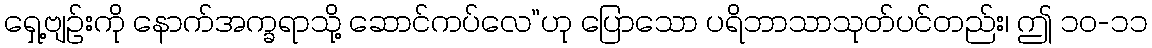
ရှေ့ဗျဉ်းကို နောက်အက္ခရာသို့ ဆောင်ကပ်လေ”ဟု ပြောသော ပရိဘာသာသုတ်ပင်တည်း၊ ဤ ၁၀-၁၁